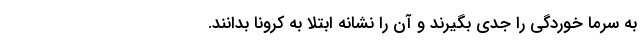
به سرما خوردگی را جدی بگیرند و آن را نشانه ابتلا به کرونا بدانند.